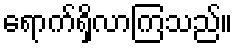
ရောက်ရှိလာကြသည်။